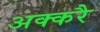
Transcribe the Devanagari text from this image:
अक्करै